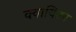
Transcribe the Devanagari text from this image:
क्वाचितच